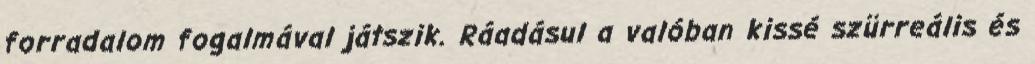
forradalom fogalmával játszik. Ráadásul a valóban kissé szürreális és